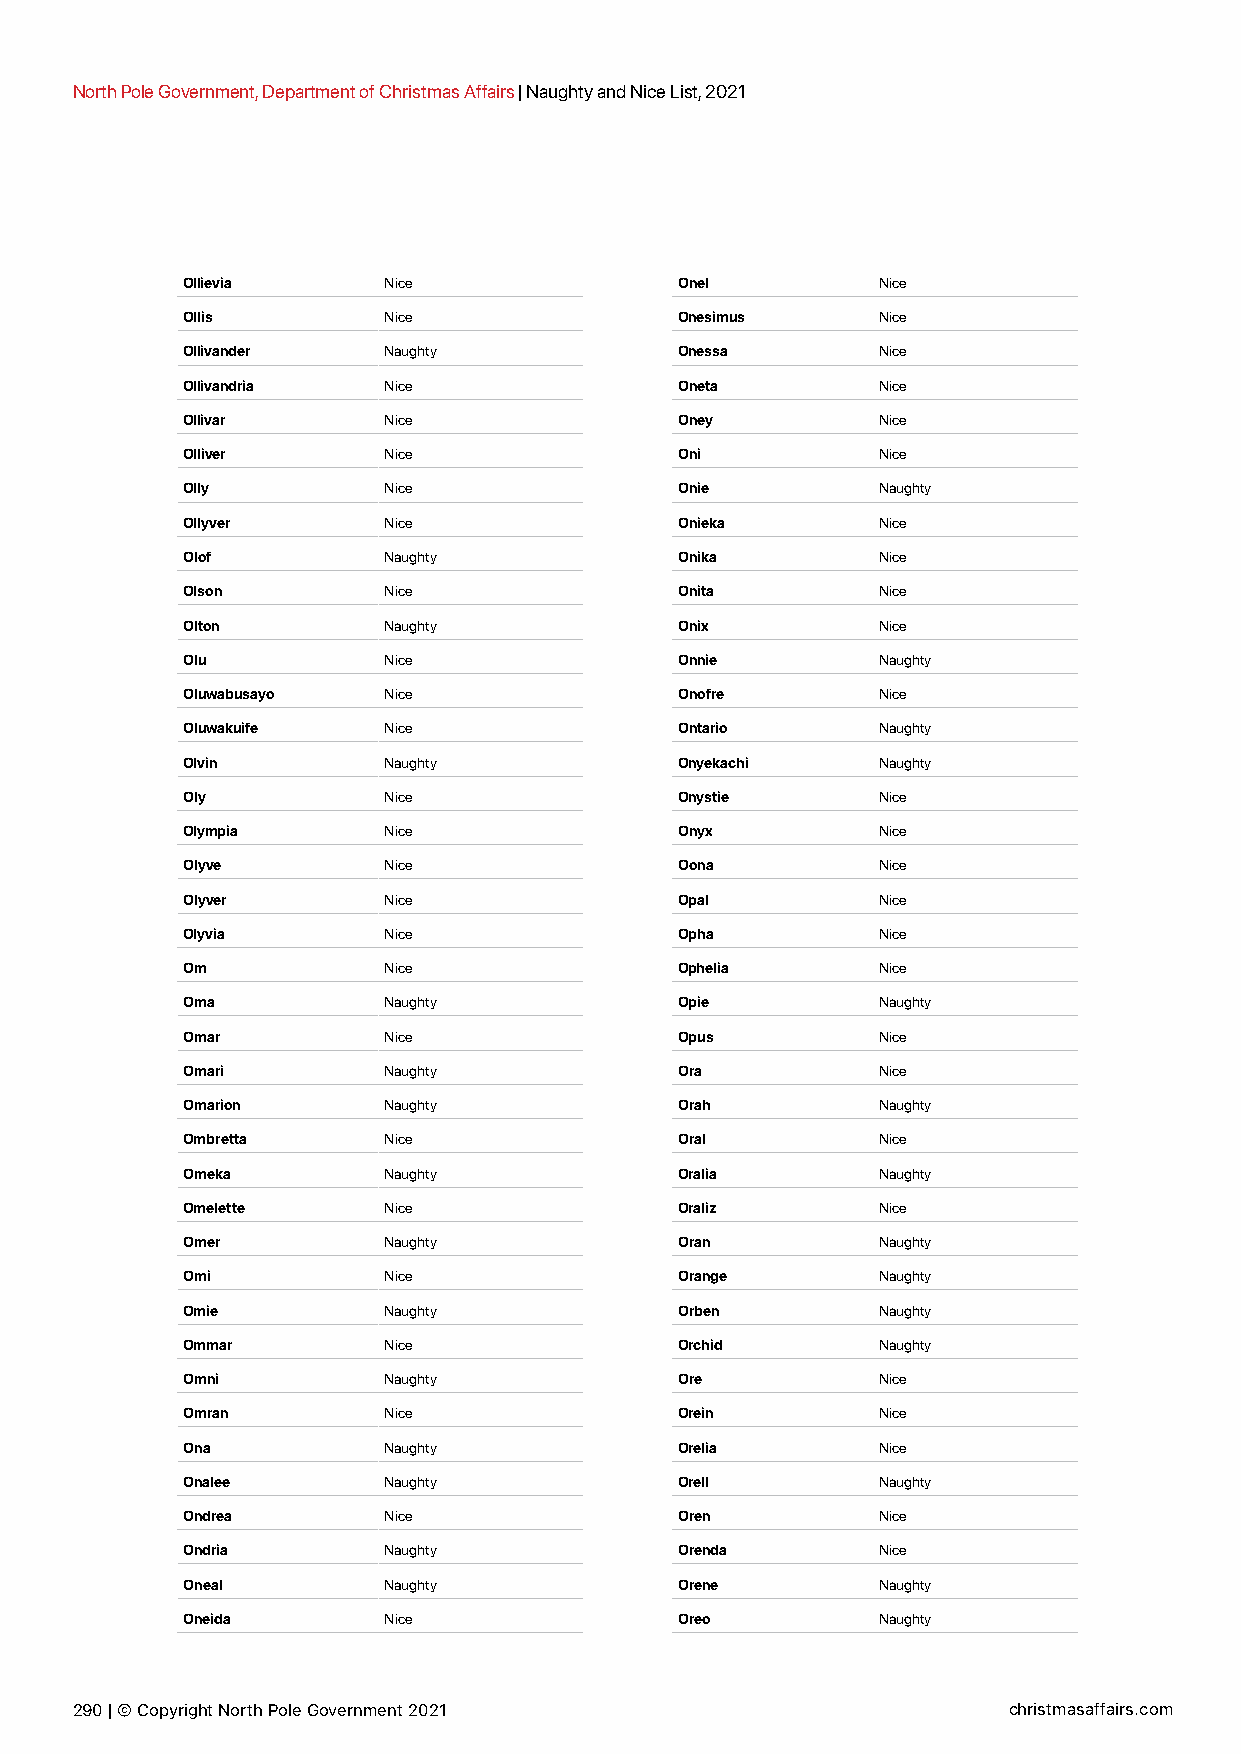
North Pole Government, Department of Christmas Affairs | Naughty and Nice List, 2021
 Ollievia     Nice                Onel         Nice
 Ollis        Nice                Onesimus     Nice
 Ollivander   Naughty             Onessa       Nice
 Ollivandria  Nice                Oneta        Nice
 Ollivar      Nice                Oney         Nice
 Olliver      Nice                Oni          Nice
 Olly         Nice                Onie         Naughty
 Ollyver      Nice                Onieka       Nice
 Olof         Naughty             Onika        Nice
 Olson        Nice                Onita        Nice
 Olton        Naughty             Onix         Nice
 Olu          Nice                Onnie        Naughty
 Oluwabusayo  Nice                Onofre       Nice
 Oluwakuife   Nice                Ontario      Naughty
 Olvin        Naughty             Onyekachi    Naughty
 Oly          Nice                Onystie      Nice
 Olympia      Nice                Onyx         Nice
 Olyve        Nice                Oona         Nice
 Olyver       Nice                Opal         Nice
 Olyvia       Nice                Opha         Nice
 Om           Nice                Ophelia      Nice
 Oma          Naughty             Opie         Naughty
 Omar         Nice                Opus         Nice
 Omari        Naughty             Ora          Nice
 Omarion      Naughty             Orah         Naughty
 Ombretta     Nice                Oral         Nice
 Omeka        Naughty             Oralia       Naughty
 Omelette     Nice                Oraliz       Nice
 Omer         Naughty             Oran         Naughty
 Omi          Nice                Orange       Naughty
 Omie         Naughty             Orben        Naughty
 Ommar        Nice                Orchid       Naughty
 Omni         Naughty             Ore          Nice
 Omran        Nice                Orein        Nice
 Ona          Naughty             Orelia       Nice
 Onalee       Naughty             Orell        Naughty
 Ondrea       Nice                Oren         Nice
 Ondria       Naughty             Orenda       Nice
 Oneal        Naughty             Orene        Naughty
 Oneida       Nice                Oreo         Naughty
 290 | © Copyright North Pole Government 2021                  christmasaffairs.com